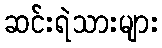
ဆင်းရဲသားများ